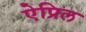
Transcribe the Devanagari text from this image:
ऐप्रिल